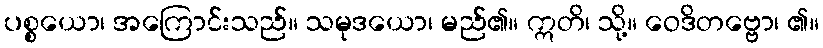
ပစ္စယော၊ အကြောင်းသည်။ သမုဒယော၊ မည်၏။ ဣတိ၊ သို့။ ဝေဒိတဗ္ဗော၊ ၏။